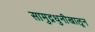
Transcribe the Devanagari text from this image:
सामुद्रधुनीखालून